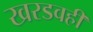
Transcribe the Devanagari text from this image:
खरडवही